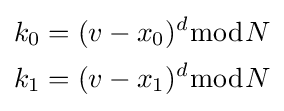
{\begin{aligned}k_{0}&=(v-x_{0})^{d}{\bmod {N}}\\k_{1}&=(v-x_{1})^{d}{\bmod {N}}\end{aligned}}